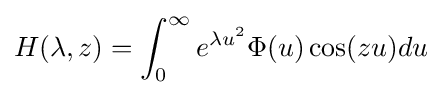
H(\lambda ,z)=\int _{0}^{\infty }e^{\lambda u^{2}}\Phi (u)\cos(zu)du